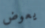
يعوض